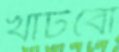
খাটবো